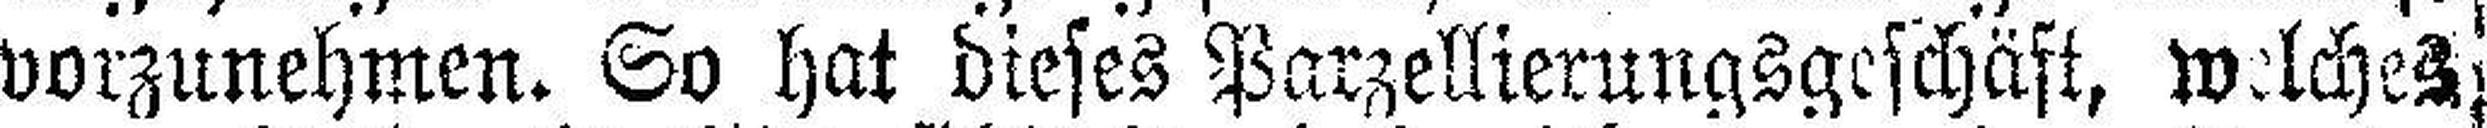
vorzunehmen. So hat dieses Parzellierungsgeschäft, welches